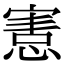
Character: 𢞩